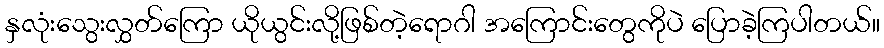
နှလုံးသွေးလွှတ်ကြော ယိုယွင်းလို့ဖြစ်တဲ့ရောဂါ အကြောင်းတွေကိုပဲ ပြောခဲ့ကြပါတယ်။